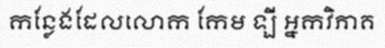
កន្លែងដែលលោក កែម ឡី អ្នកវិភាគ